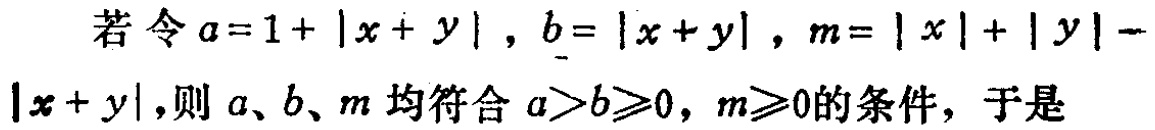
若令\(a = 1 + |x + y|\)，\(b = |x + y|\)，\(m = |x| + |y| - |x + y|\)，则\(a\)、\(b\)、\(m\)均符合\(a > b\geqslant0\)，\(m\geqslant0\)的条件，于是